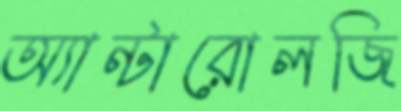
অ্যান্টারোলজি